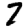
Digit: 7